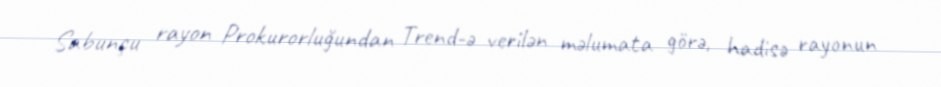
Sabunçu rayon Prokurorluğundan Trend-ə verilən məlumata görə, hadisə rayonun